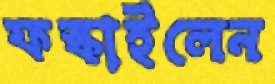
ফস্‌কাইলেন